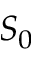
S _ { 0 }